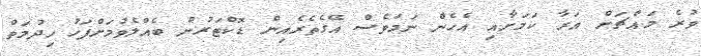
ވުރެ މައްޗަށް އަރާ ކަމަށާއި އެހެން ނަމަވެސް އޭގެތެރެއިން ޑޮކްޓަރުން ބެއްލެވުމަށްފަހު ހިދުމަތް